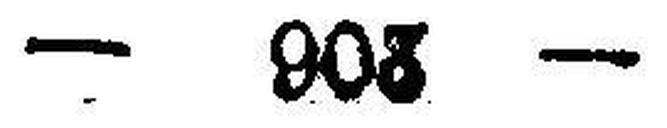
— 206 —